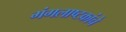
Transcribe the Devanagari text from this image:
मंगलाष्टकांचे